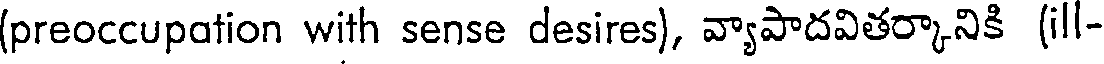
(preoccupation with sense desires), వ్యాపాదవితర్కానికి (ill-